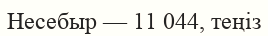
Несебыр — 11 044, теңіз